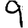
Digit: 9